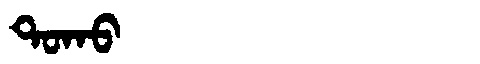
Manchu: ᡨᠣᡴᠣ
Romanization: TOKO